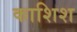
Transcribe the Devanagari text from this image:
काशिश